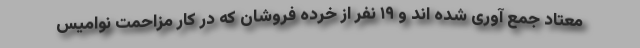
معتاد جمع آوری شده اند و ۱۹ نفر از خرده فروشان که در کار مزاحمت نوامیس